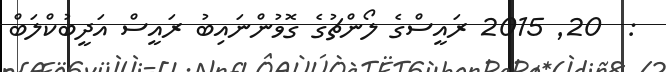
:  20